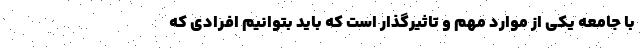
با جامعه یکی از موارد مهم و تاثیرگذار است که باید بتوانیم افرادی که